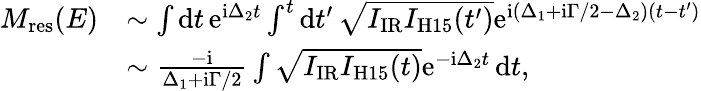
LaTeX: \begin{array}{rl}{M_{\mathrm{{res}}}(E)}&{\sim\int\mathrm dt\, \mathrm e^{\mathrm i\Delta_{2}t}\int^{t}\mathrm dt^{\prime}\, \sqrt{I_{\mathrm{IR}}I_{\mathrm{H15}}(t^{\prime})}\mathrm e^{\mathrm i(\Delta_{1}+\mathrm i\Gamma/2-\Delta_{2})(t-t^{\prime})}}\\ &{\sim\frac{-\mathrm i}{\Delta_{1}+\mathrm i\Gamma/2}\int\sqrt{I_{\mathrm{IR}}I_{\mathrm{H15}}(t)}\mathrm e^{-\mathrm i\Delta_{2}t}\, \mathrm dt,}\end{array}